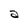
Character: a